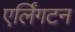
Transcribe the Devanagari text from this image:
एर्लिंगटन